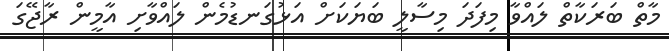
މާތް ބަރަކާތް ލައްވާ މިފަދަ މިސާލީ ބަޔަކަށް އަޅުގަނޑުމެން ލައްވާށި އާމީން ރާޖޭގަ